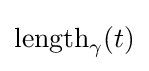
{\mathrm {length} }_{\gamma }(t)